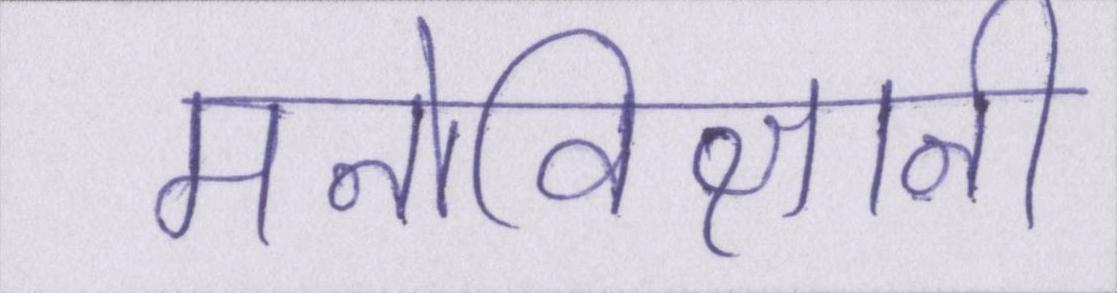
मनोविज्ञानी